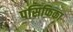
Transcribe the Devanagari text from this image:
पसिफिका